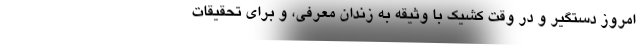
امروز دستگیر و در وقت کشیک با وثیقه به زندان معرفی، و برای تحقیقات